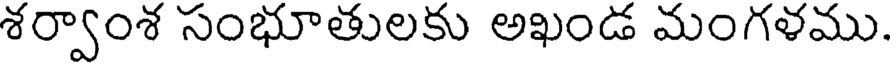
శర్వాంశ సంభూతులకు అఖండ మంగళము.